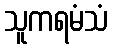
သူကရမံသံ